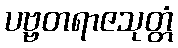
ပဗ္ဗတရာဇသုတ္တံ